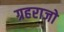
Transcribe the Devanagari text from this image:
ग्रहराजो